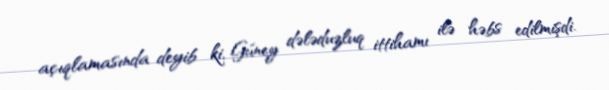
açıqlamasında deyib ki, Güney dələduzluq ittihamı ilə həbs edilmişdi.